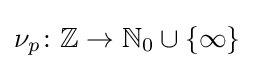
\nu _{p}\colon \mathbb {Z} \to \mathbb {N} _{0}\cup \{\infty \}